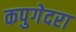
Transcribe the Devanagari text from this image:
कपुगेदरा